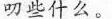
叨些什么。